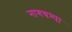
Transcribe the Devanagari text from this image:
नागचम्पा